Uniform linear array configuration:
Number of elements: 32
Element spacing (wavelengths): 0.75
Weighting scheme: exponential
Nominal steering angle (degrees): -30
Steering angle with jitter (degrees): -31.452
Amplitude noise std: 0.05
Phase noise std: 0.05

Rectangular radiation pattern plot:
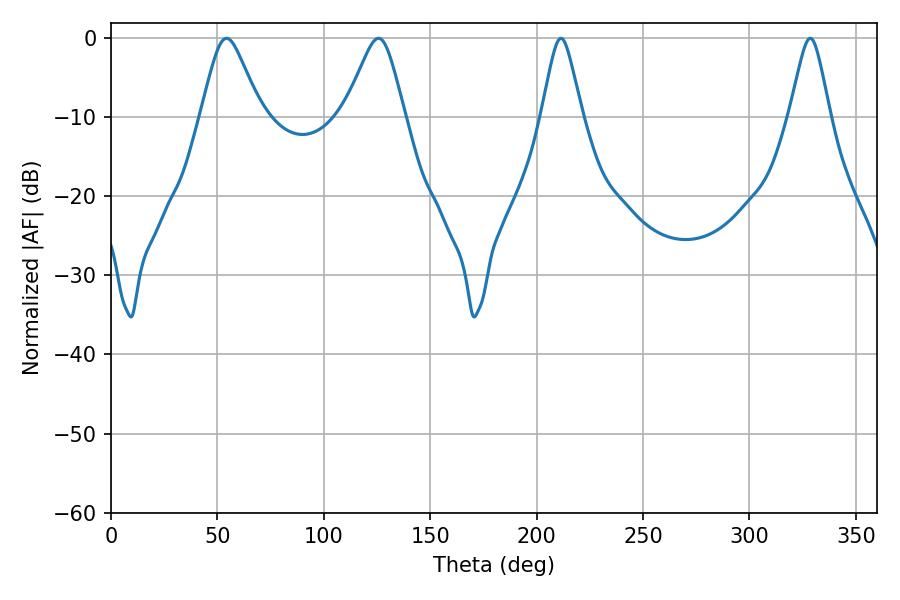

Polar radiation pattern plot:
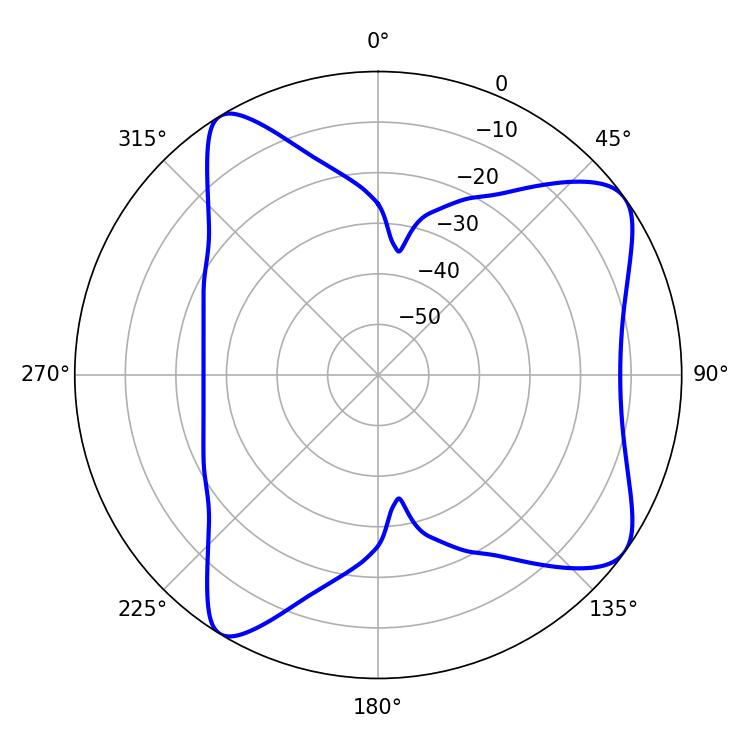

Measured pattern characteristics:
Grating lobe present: TRUE
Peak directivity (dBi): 8.361
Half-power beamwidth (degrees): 13.32
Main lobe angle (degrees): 54.36